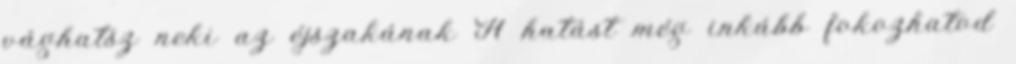
vághatsz neki az éjszakának A hatást még inkább fokozhatod